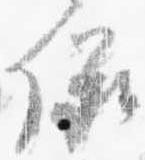
儀